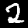
Digit: 2